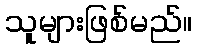
သူများဖြစ်မည်။